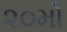
૨૦મો